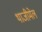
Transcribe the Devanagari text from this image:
थाजीमेल